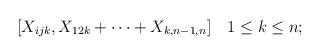
LaTeX: \begin{align*}[X_{ijk}, X_{12k} + \dots + X_{k,n-1,n}] \quad 1 \le k \le n;\end{align*}